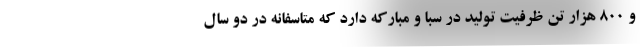
و ۸۰۰ هزار تن ظرفیت تولید در سبا و مبارکه دارد که متاسفانه در دو سال